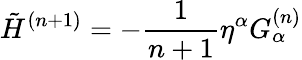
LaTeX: \tilde{H}^{(n+1)}=-\frac{1}{n+1}\eta^{\alpha}G_{\alpha}^{(n)}